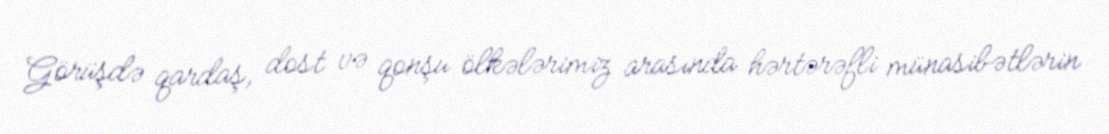
Görüşdə qardaş, dost və qonşu ölkələrimiz arasında hərtərəfli münasibətlərin